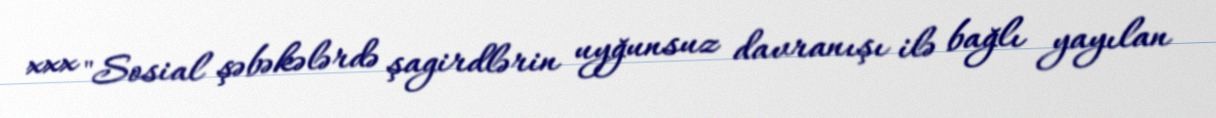
xxx "Sosial şəbəkələrdə şagirdlərin uyğunsuz davranışı ilə bağlı yayılan